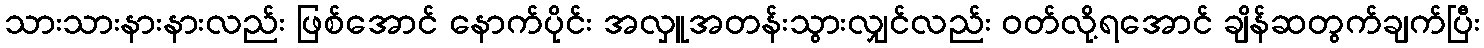
သားသားနားနားလည်း ဖြစ်အောင် နောက်ပိုင်း အလှူအတန်းသွားလျှင်လည်း ဝတ်လို့ရအောင် ချိန်ဆတွက်ချက်ပြီး